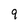
Character: 9